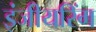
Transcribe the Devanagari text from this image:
इंजीयरिंग